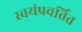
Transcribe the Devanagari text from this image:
स्वयंप्रवर्तित